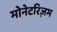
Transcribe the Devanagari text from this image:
मोनेटरिज़म